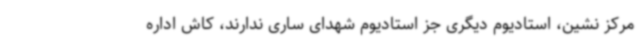
مرکز نشین، استادیوم دیگری جز استادیوم شهدای ساری ندارند، کاش اداره